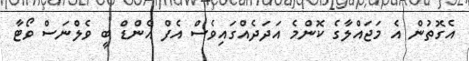
އެގޮތުން އެ މަޖައްލާގެ ކޮންމެ އަދަދެއްގައިވެސް އެފް އެންޑް ބީ ވެލްނަސް ވޯޓާ